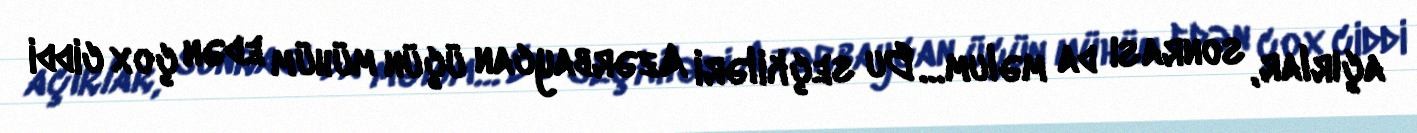
açırlar, sonrası da məlum… Bu seçkiləri Azərbaycan üçün mühüm edən çox ciddi